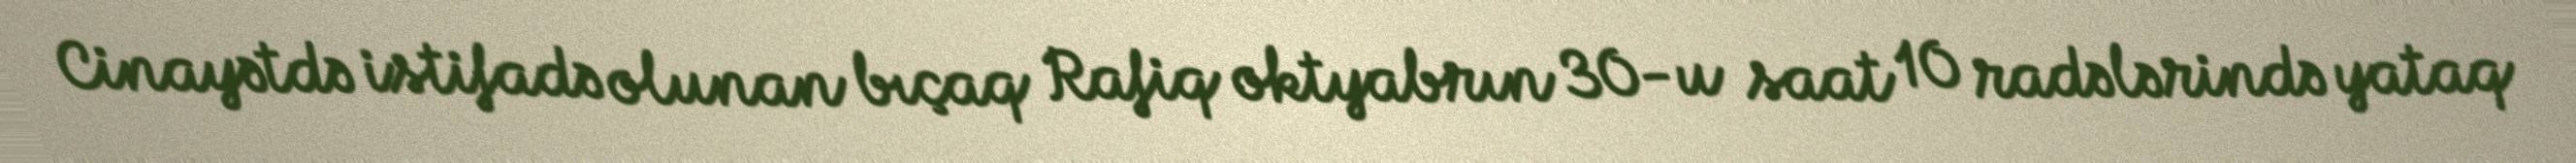
Cinayətdə istifadə olunan bıçaq Rafiq oktyabrın 30-u saat 10 radələrində yataq